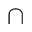
\cap